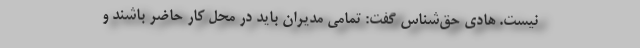
نیست. هادی حق‌شناس گفت: تمامی مدیران باید در محل کار‌ حاضر باشند و